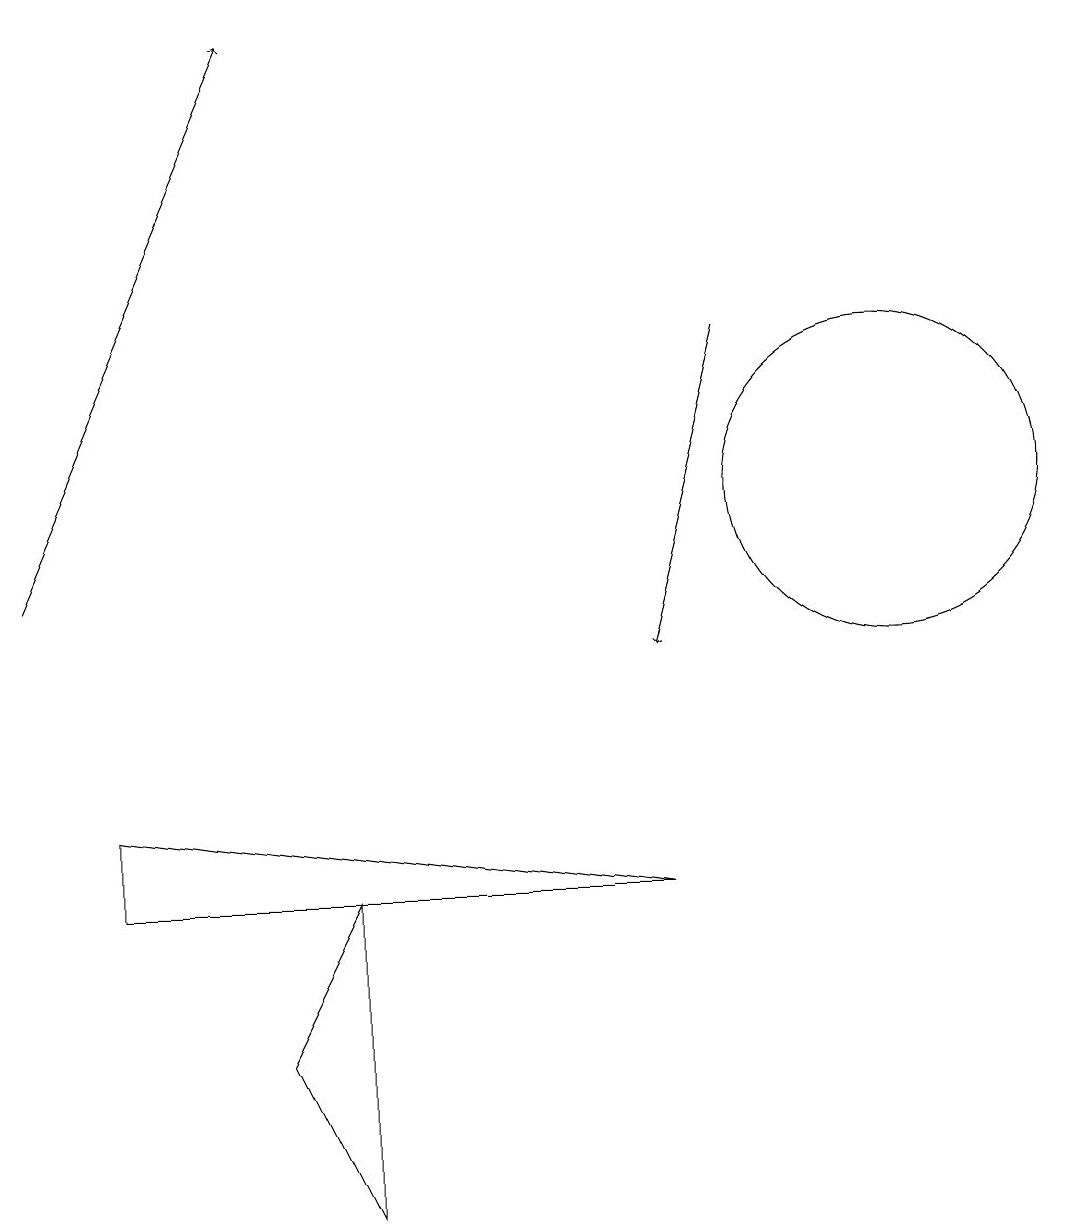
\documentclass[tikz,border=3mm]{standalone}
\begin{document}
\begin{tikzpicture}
\draw[->] (0,11) -- (3,18);
\draw[->] (9,14) -- (8,10);
\draw (3,5) -- (4,7) -- (4,3) -- cycle;
\draw (1,7) -- (8,7) -- (1,8) -- cycle;
\draw (11,12) circle (2);
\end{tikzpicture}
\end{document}